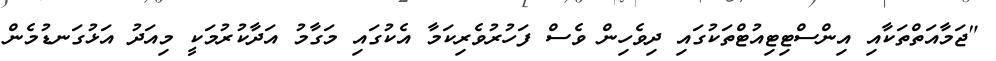
"ޖަމާއަތްތަކާއި އިންސްޓިޓިއުޓްތަކުގައި ދިވެހިން ވެސް ފަހުރުވެރިކަމާ އެކުގައި މަގާމު އަދާކުރުމަކީ މިއަދު އަޅުގަނޑުމެން